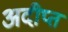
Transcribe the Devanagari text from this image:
अदीप्त